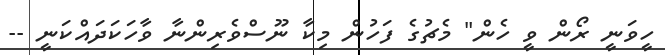
ހީވަނީ ރޯން ވީ ހެން" މެޗުގެ ފަހުން މިކާ ނޫސްވެރިންނާ ވާހަކަދައްކަނީ --